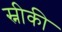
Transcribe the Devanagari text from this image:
स्नीकी